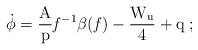
LaTeX: \begin{align*}\rm \dot\phi ={A\over p} {\it f}^{-1}\beta ({\it f}) - {W_u\over 4} +q\;;\end{align*}